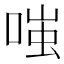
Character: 𫪻